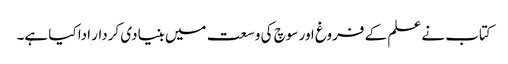
کتاب نے علم کے فروغ اور سوچ کی وسعت میں بنیادی کردار ادا کیا ہے۔